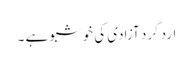
ارد گرد آزادی کی خوشبو ہے ۔